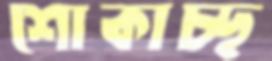
শোকাচ্ছ